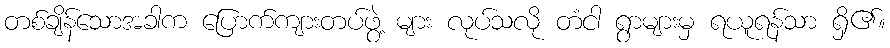
တစ်ချိန်သောအခါက ပြောက်ကျားတပ်ဖွဲ့ များ လုပ်သလို တံငါ ရွာများမှ ရယူရန်သာ ရှိ၏။